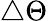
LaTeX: \triangle\Theta